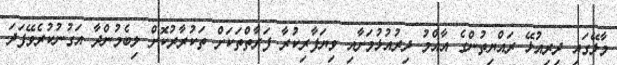
މާލޭގައި ދިރިއުޅޭ ރައްޔިތުންގެ އާއްމު ދިރުއުޅުމަށާއި ވިޔަފާރިކުރާ ފަރާތްތަކަށް ތަކުރާރުކޮށް ލިބެމުންދާ އަގުނުކުރެވޭފަދަ